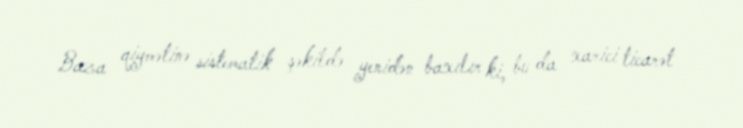
Baza qiymətinə sistematik şəkildə yenidən baxılır ki, bu da xarici ticarət